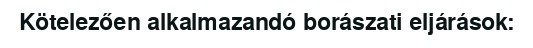
Kötelezően alkalmazandó borászati eljárások: